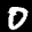
Label: 0